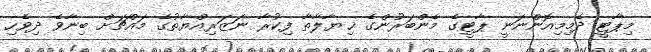
މިޕާޓީ ދެމިމިއޮންނަނީ ޕާޓީގެ މެންބަރުންގެ ޚިޔާލާތާ ފިކުރާ ނަޒަރިއްޔާތުގެ މައްޗަށް ބިނާވެ ދިވެހި